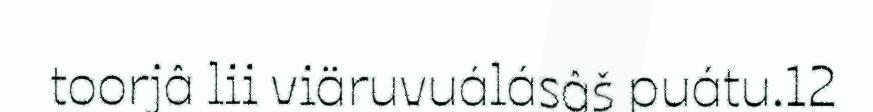
toorjâ lii viäruvuálásâš puátu.12